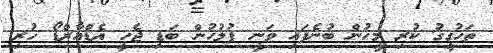
ތަހުގީގު ކުރި މީހުން ބުނެފައި ވަނީ ފުލުހުން ބަޑި ޖެހީ އެޑްއާރްޑޯ ހުރި